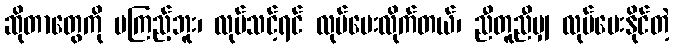
ဆိုတာတွေကို မကြည့်ဘူး၊ လုပ်သင့်ရင် လုပ်ပေးလိုက်တယ်၊ ညီတူညီမျှ လုပ်ပေးနိုင်တဲ့